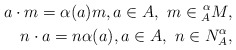
\begin{align*} a \cdot m = \alpha(a) m,a \in A,\ m \in \prescript{\alpha}{A}{M}, \\ n \cdot a = n \alpha(a),a \in A,\ n \in N^\alpha_A,\end{align*}